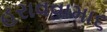
હરાવવામા૬